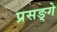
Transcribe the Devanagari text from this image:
प्रसङ्गे